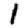
Digit: 1